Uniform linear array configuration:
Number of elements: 48
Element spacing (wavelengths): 1
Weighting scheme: kaiser
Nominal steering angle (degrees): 30
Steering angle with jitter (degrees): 28.947
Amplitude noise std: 0.05
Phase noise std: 0.05

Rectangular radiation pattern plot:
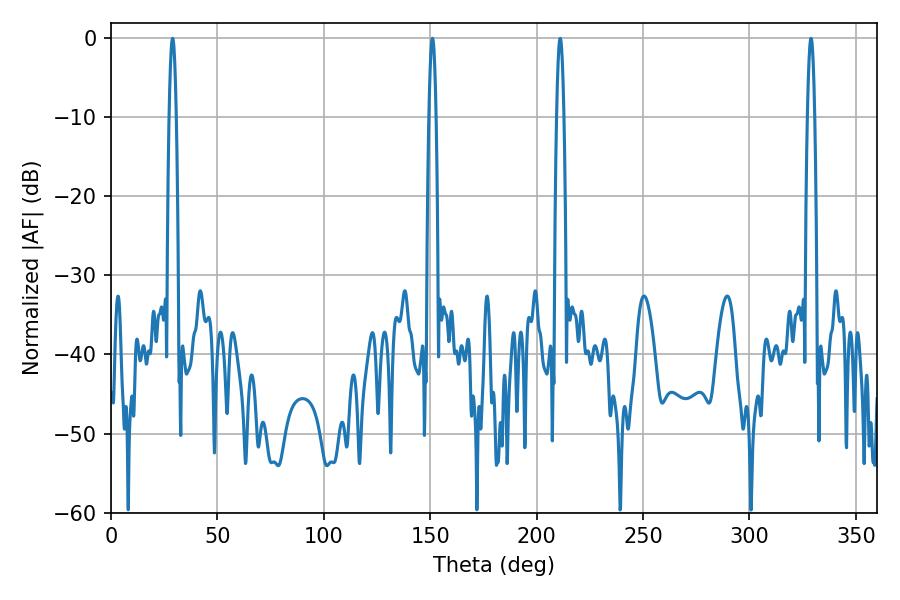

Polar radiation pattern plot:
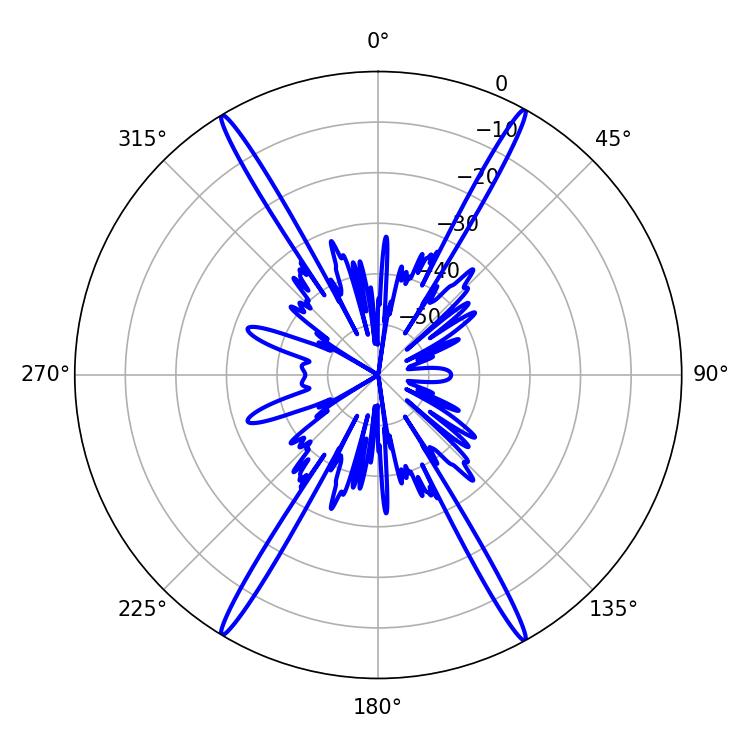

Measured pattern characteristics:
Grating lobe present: TRUE
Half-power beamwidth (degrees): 1.8
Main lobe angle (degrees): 151.02